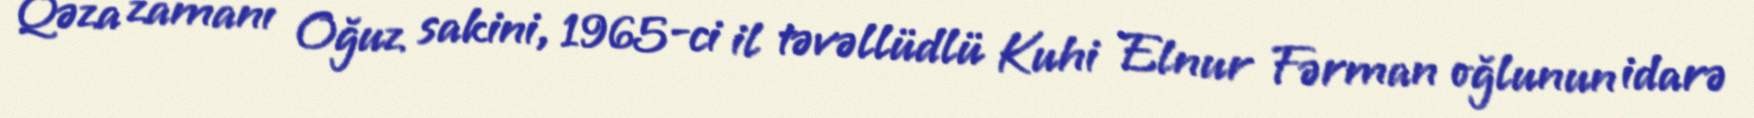
Qəza zamanı Oğuz sakini, 1965-ci il təvəllüdlü Kuhi Elnur Fərman oğlunun idarə